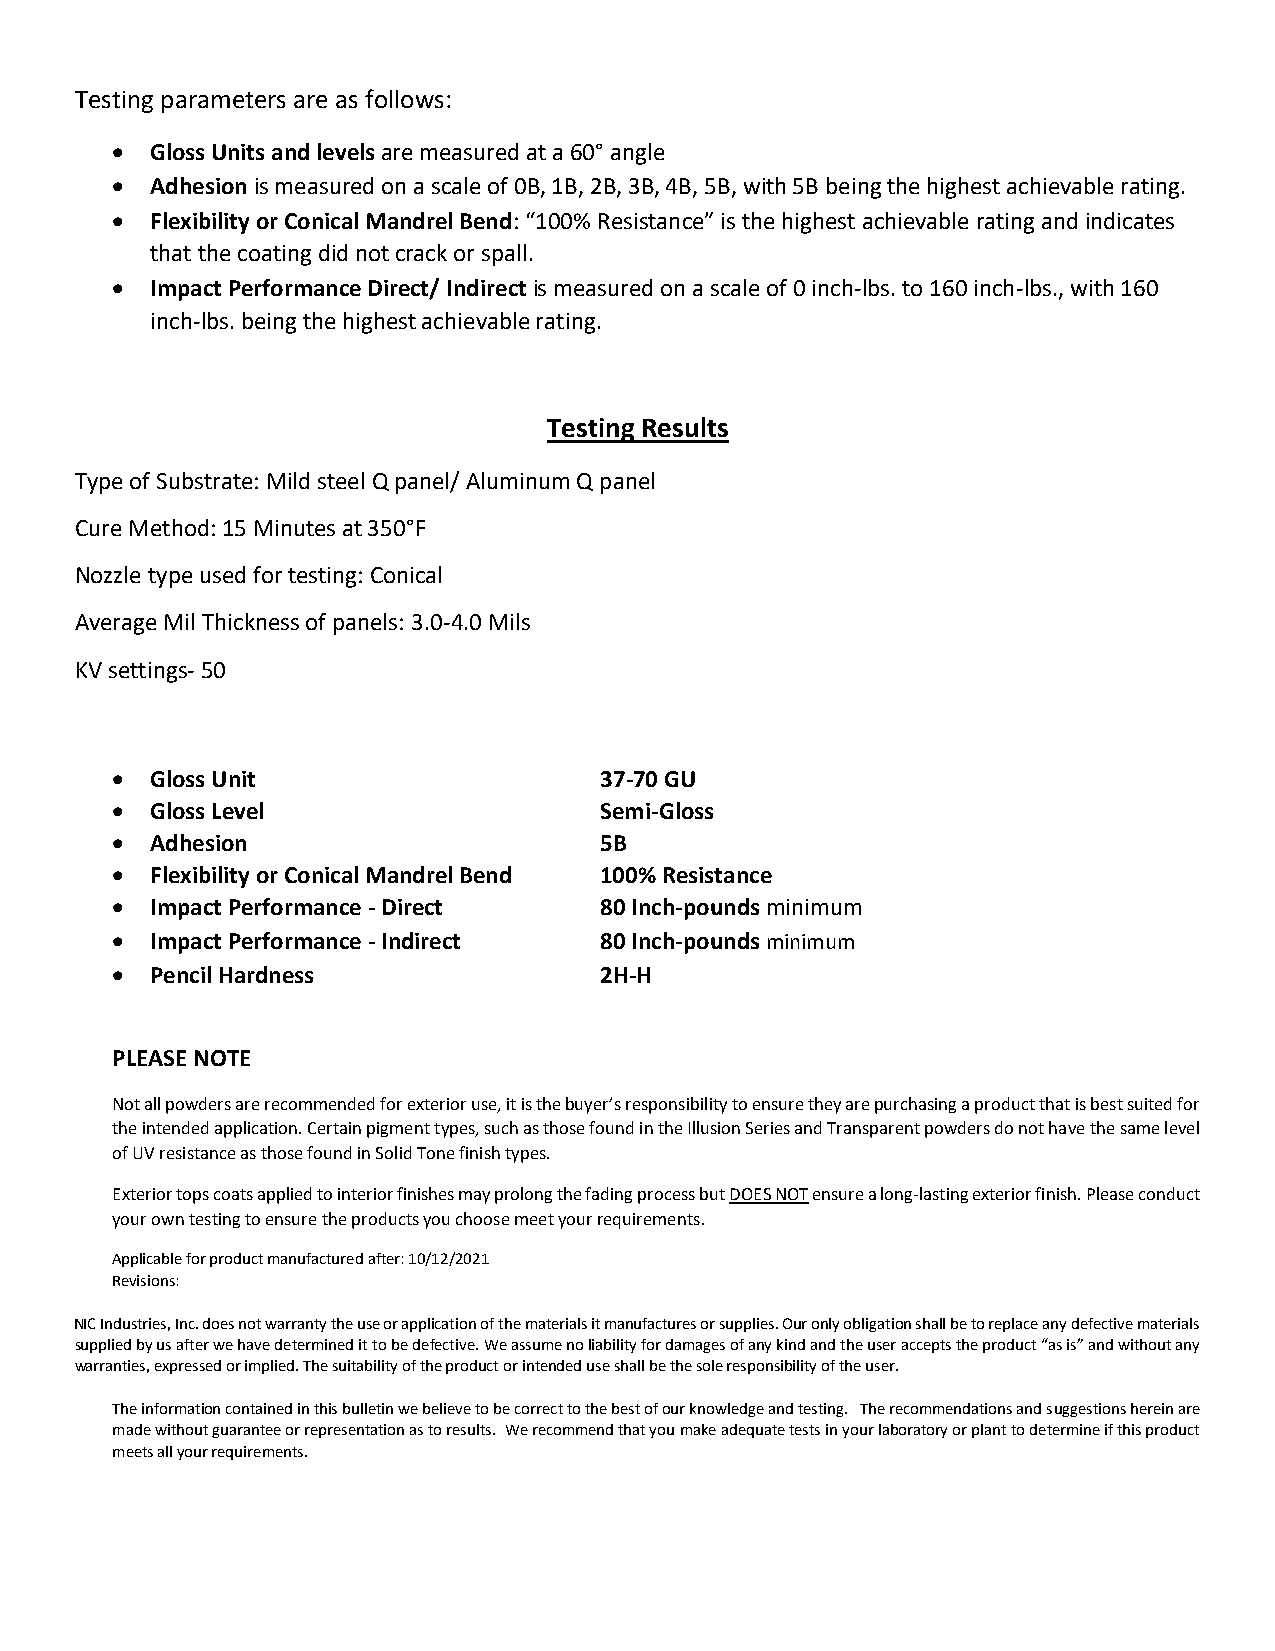
Testing parameters are as follows:
 •  Gloss Units and levels are measured at a 60° angle
 •  Adhesion is measured on a scale of 0B, 1B, 2B, 3B, 4B, 5B, with 5B being the highest achievable rating.
 •  Flexibility or Conical Mandrel Bend: “100% Resistance” is the highest achievable rating and indicates
 that the coating did not crack or spall.
 •  Impact Performance Direct/ Indirect is measured on a scale of 0 inch-lbs. to 160 inch-lbs., with 160
 inch-lbs. being the highest achievable rating.
 Testing Results
 Type of Substrate: Mild steel Q panel/ Aluminum Q panel
 Cure Method: 15 Minutes at 350°F
 Nozzle type used for testing: Conical
 Average Mil Thickness of panels: 3.0-4.0 Mils
 KV settings- 50
 •  Gloss Unit                    37-70 GU
 •  Gloss Level                   Semi-Gloss
 •  Adhesion                      5B
 •  Flexibility or Conical Mandrel Bend 100% Resistance
 •  Impact Performance - Direct   80 Inch-pounds minimum
 •  Impact Performance - Indirect 80 Inch-pounds minimum
 •  Pencil Hardness               2H-H
 PLEASE NOTE
 Not all powders are recommended for exterior use, it is the buyer’s responsibility to ensure they are purchasing a product that is best suited for
 the intended application. Certain pigment types, such as those found in the Illusion Series and Transparent powders do not have the same level
 of UV resistance as those found in Solid Tone finish types.
 Exterior tops coats applied to interior finishes may prolong the fading process but DOES NOT ensure a long-lasting exterior finish. Please conduct
 your own testing to ensure the products you choose meet your requirements.
 Applicable for product manufactured after: 10/12/2021
 Revisions:
 NIC Industries, Inc. does not warranty the use or application of the materials it manufactures or supplies. Our only obligation shall be to replace any defective materials
 supplied by us after we have determined it to be defective. We assume no liability for damages of any kind and the user accepts the product “as is” and without any
 warranties, expressed or implied. The suitability of the product or intended use shall be the sole responsibility of the user.
 The information contained in this bulletin we believe to be correct to the best of our knowledge and testing. The recommendations and suggestions herein are
 made without guarantee or representation as to results. We recommend that you make adequate tests in your laboratory or plant to determine if this product
 meets all your requirements.